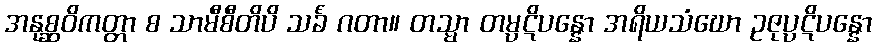
အနုစ္ဆဝိကတ္တာ စ သာမီစီတိပိ သင်္ခံ ဂတာ။ တသ္မာ တမ္ပဋိပန္နော အရိယသံဃော ဥဇုပ္ပဋိပန္နော